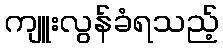
ကျူးလွန်ခံရသည့်